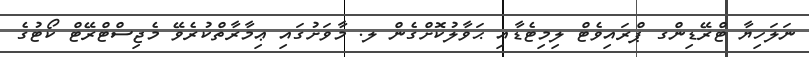
ނަލަހިޔާ ޓްރޭޑިންގ ޕްރައިވެޓް ލިމިޓެޑާއި ޙަވާލުކޮށްގެން ލ. މާވަށުގައި ޢިމާރާތްކުރެވޭ މެޖިސްޓްރޭޓް ކޯޓުގެ